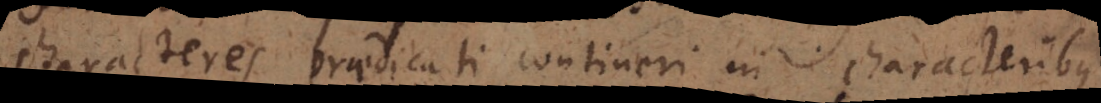
characteres praedicati contineri in characteribus